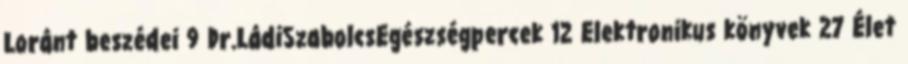
Loránt beszédei 9 Dr.LádiSzabolcsEgészségpercek 12 Elektronikus könyvek 27 Élet